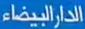
الدارالبيضاء